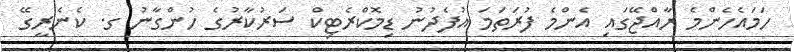
ހަމައެހެންމެ ރާއްޖޭގައި އެންމެ ފުރަތަމަ އުފެދުނު ޑިމޮކްރެޓިކް ސަރުކާރުގެ ހުންގާނު ގ. ކެނެރީގޭ